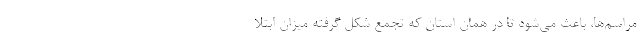
مراسم‌ها، باعث می‌شود تا در همان استان که تجمع شکل گرفته میزان ابتلا